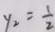
y _ { 2 } = \frac { 1 } { 2 }